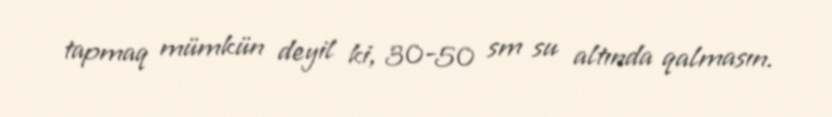
tapmaq mümkün deyil ki, 30-50 sm su altında qalmasın.